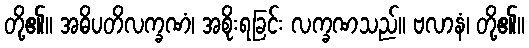
တို့၏။ အဓိပတိလက္ခဏံ၊ အစိုးရခြင်း လက္ခဏသည်။ ဗလာနံ၊ တို့၏။